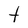
Character: t